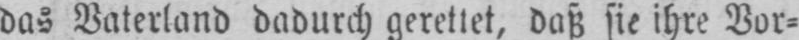
das Vaterland dadurch gerettet, daß sie ihre Vor⸗